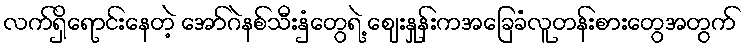
လက်ရှိရောင်းနေတဲ့ အော်ဂဲနစ်သီးနှံတွေရဲ့ ဈေးနှုန်းကအခြေခံလူတန်းစားတွေအတွက်